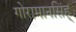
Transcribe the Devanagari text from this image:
गोरामानसिंह्